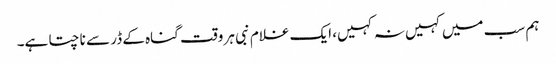
ہم سب میں کہیں نہ کہیں، ایک غلام نبی ہر وقت گناہ کے ڈر سے ناچتا ہے۔